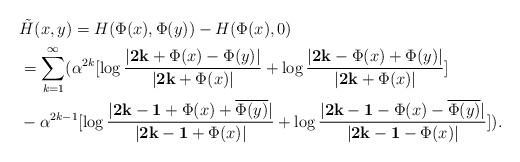
LaTeX: \begin{align*}&\tilde{H}(x,y)=H(\Phi(x),\Phi(y))-H(\Phi(x),0)\\&=\sum_{k=1}^\infty(\alpha^{2k}[\log\frac{|{\bf 2k}+\Phi(x)-\Phi(y)|}{|{\bf 2k}+\Phi(x)|}+\log\frac{|{\bf 2k}-\Phi(x)+\Phi(y)|}{|{\bf 2k}+\Phi(x)|}]\\&-\alpha^{2k-1}[\log\frac{|{\bf 2k-1}+\Phi(x)+\overline{\Phi(y)}|}{|{\bf 2k-1}+\Phi(x)|}+\log\frac{|{\bf 2k-1}-\Phi(x)-\overline{\Phi(y)}|}{|{\bf 2k-1}-\Phi(x)|}]).\end{align*}